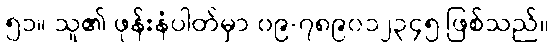
၅၁။ သူ၏ ဖုန်းနံပါတ်မှာ ၀၉-၇၈၉၀၁၂၃၄၅ ဖြစ်သည်။